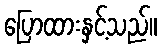
ပြောထားနှင့်သည်။